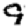
Digit: 9